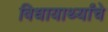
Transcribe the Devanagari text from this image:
विधायार्थ्यांचे